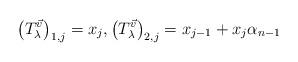
LaTeX: \begin{align*} \left( T_\lambda^{\vec{v}} \right)_{1,j} = x_j, \left( T_\lambda^{\vec{v}} \right)_{2,j} = x_{j-1} + x_j \alpha_{n-1}\end{align*}